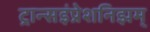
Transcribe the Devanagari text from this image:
ट्रान्सइंप्रेशनिझम्